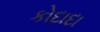
કોદાદા